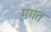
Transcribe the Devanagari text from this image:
मगत